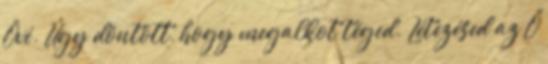
Övé. Úgy döntött, hogy megalkot téged. Létezésed az Ő